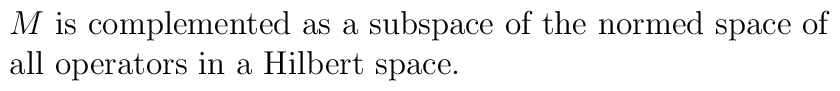
\matrix{&M \ \hbox{is complemented as a subspace of the normed space of} \cr &\hbox{all operators in a Hilbert space.} \hfill \cr}